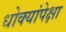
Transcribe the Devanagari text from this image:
धोक्यांपेक्षा